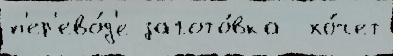
п'ер'ево́д'е загото́вка  хо́чет